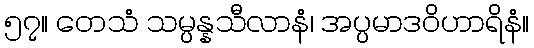
၅၇။ တေသံ သမ္ပန္နသီလာနံ၊ အပ္ပမာဒဝိဟာရိနံ။